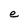
Character: e